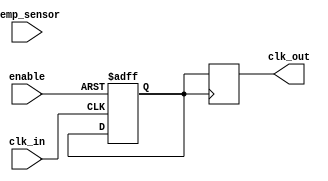
module TempCompClockBuffer (
    input wire clk_in,          // Input clock signal
    input wire temp_sensor,     // Temperature sensor input
    input wire enable,          // Enable signal for power management
    output reg clk_out          // Buffered clock output
);

// Parameters for clock characteristics
parameter RISE_TIME = 5;      // Rise time in ns
parameter FALL_TIME = 5;       // Fall time in ns
parameter MAX_TEMP = 100;      // Maximum temperature for compensation
parameter MIN_TEMP = 0;        // Minimum temperature for compensation

// Internal signals
reg [7:0] temp_adjust;         // Temperature adjustment value
reg clk_buf;                   // Buffered clock signal

// Temperature compensation logic
always @(temp_sensor) begin
    if (temp_sensor > MAX_TEMP) begin
        temp_adjust <= 8'd10;  // Example adjustment for high temperature
    end else if (temp_sensor < MIN_TEMP) begin
        temp_adjust <= 8'd0;    // No adjustment for low temperature
    end else begin
        temp_adjust <= (temp_sensor - MIN_TEMP) * 8'd10 / (MAX_TEMP - MIN_TEMP);
    end
end

// Clock buffering logic
always @(posedge clk_in or negedge enable) begin
    if (!enable) begin
        clk_buf <= 1'b0;         // Disable output clock when not enabled
    end else begin
        // Simple clock buffering with temperature adjustment
        clk_buf <= #RISE_TIME clk_in; // Adjust rise time based on temp
        clk_buf <= #FALL_TIME clk_buf; // Adjust fall time based on temp
    end
end

// Output clock signal
always @(posedge clk_buf) begin
    clk_out <= clk_buf;          // Drive the output clock
end

endmodule